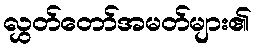
လွှတ်တော်အမတ်များ၏